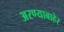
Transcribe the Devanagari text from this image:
अरण्याबाहेर